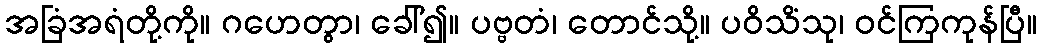
အခြံအရံတို့ကို။ ဂဟေတွာ၊ ခေါ်၍။ ပဗ္ဗတံ၊ တောင်သို့။ ပဝိသိံသု၊ ဝင်ကြကုန်ပြီ။